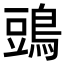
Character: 𪁞